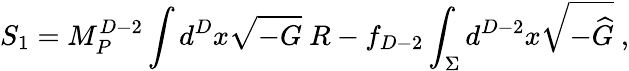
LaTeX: S_{1}=M_{P}^{D-2}\int d^{D}x\sqrt{-G}~R-f_{D-2}\int_{\Sigma}d^{D-2}x\sqrt{-{\widehat G}}~,